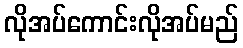
လိုအပ်ကောင်းလိုအပ်မည်